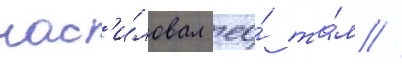
нас'и́ловал ео́ та́м //